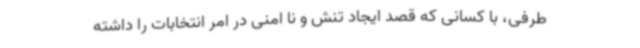
طرفی، با کسانی که قصد ایجاد تنش و نا امنی در امر انتخابات را داشته